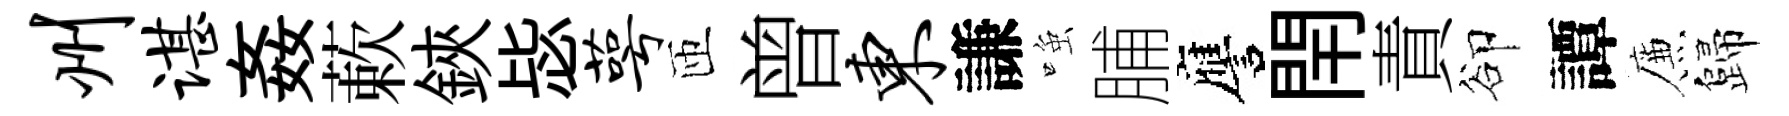
州谌姦蔌鋏毖萼匝曾东謙𫪻脯譍閈責卻譚簾歸